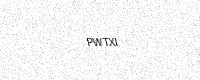
Text: PWTXI